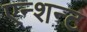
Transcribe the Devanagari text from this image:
एन्शन्ट